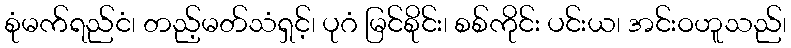
စုံမက်ရည်ငံ၊ တည့်မတ်သံရှင့်၊ ပုဂံ မြင်စိုင်း၊ စစ်ကိုင်း ပင်းယ၊ အင်းဝဟူသည်၊